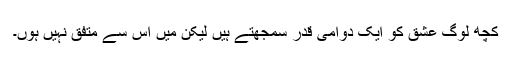
کچھ لوگ عشق کو ایک دوامی قدر سمجھتے ہیں لیکن میں اس سے متفق نہیں ہوں۔